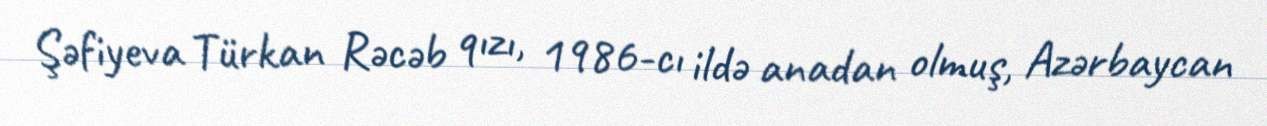
Şəfiyeva Türkan Rəcəb qızı, 1986-cı ildə anadan olmuş, Azərbaycan